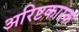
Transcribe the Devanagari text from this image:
अरिष्टकारक